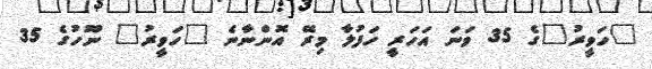
"ހަވީރު"ގެ 35 ވަނަ އަހަރީ ހަފުލާ މިރޭ އޮންނާނެ "ހަވީރު" ނޫހުގެ 35